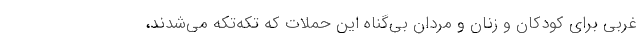
غربی برای کودکان و زنان و مردان بی‌گناه این حملات که تکه‌تکه می‌شدند،